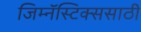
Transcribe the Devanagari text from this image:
जिम्नॅस्टिक्ससाठी